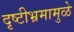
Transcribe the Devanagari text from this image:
दृष्टीभ्रमामुळे